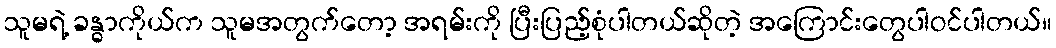
သူမရဲ့ ခန္ဓာကိုယ်က သူမအတွက်တော့ အရမ်းကို ပြီးပြည့်စုံပါတယ်ဆိုတဲ့ အကြောင်းတွေပါဝင်ပါတယ်။